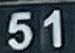
51